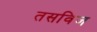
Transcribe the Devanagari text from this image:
तसविज